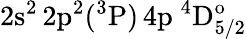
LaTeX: \mathrm{2s^{2}\, 2p^{2}(^{3}P)\, 4p~^{4}D_{5/2}^{o}}